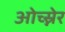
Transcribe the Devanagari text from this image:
ओच्स्नेर